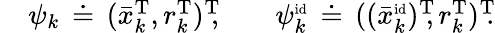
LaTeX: \begin{array}{rlr}&{\psi_{k}\, \doteq\, (\bar{x}_{k}^{\mathrm{T}},r_{k}^{\mathrm{T}})^{\mathrm{T}}\! \! ,\quad}&{\psi_{k}^{\scriptscriptstyle\mathrm{id}}\, \doteq\, ((\bar{x}_{k}^{\scriptscriptstyle\mathrm{id}})^{\mathrm{T}}\! \! ,r_{k}^{\mathrm{T}})^{\mathrm{T}}\! \! .}\end{array}